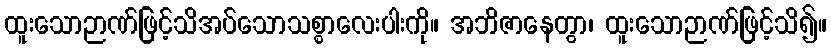
ထူးသောဉာဏ်ဖြင့်သိအပ်သောသစ္စာလေးပါးကို။ အဘိဇာနေတွာ၊ ထူးသောဉာဏ်ဖြင့်သိ၍။